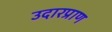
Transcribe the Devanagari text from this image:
उदारप्राण